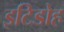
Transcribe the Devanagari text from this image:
इटिडोह